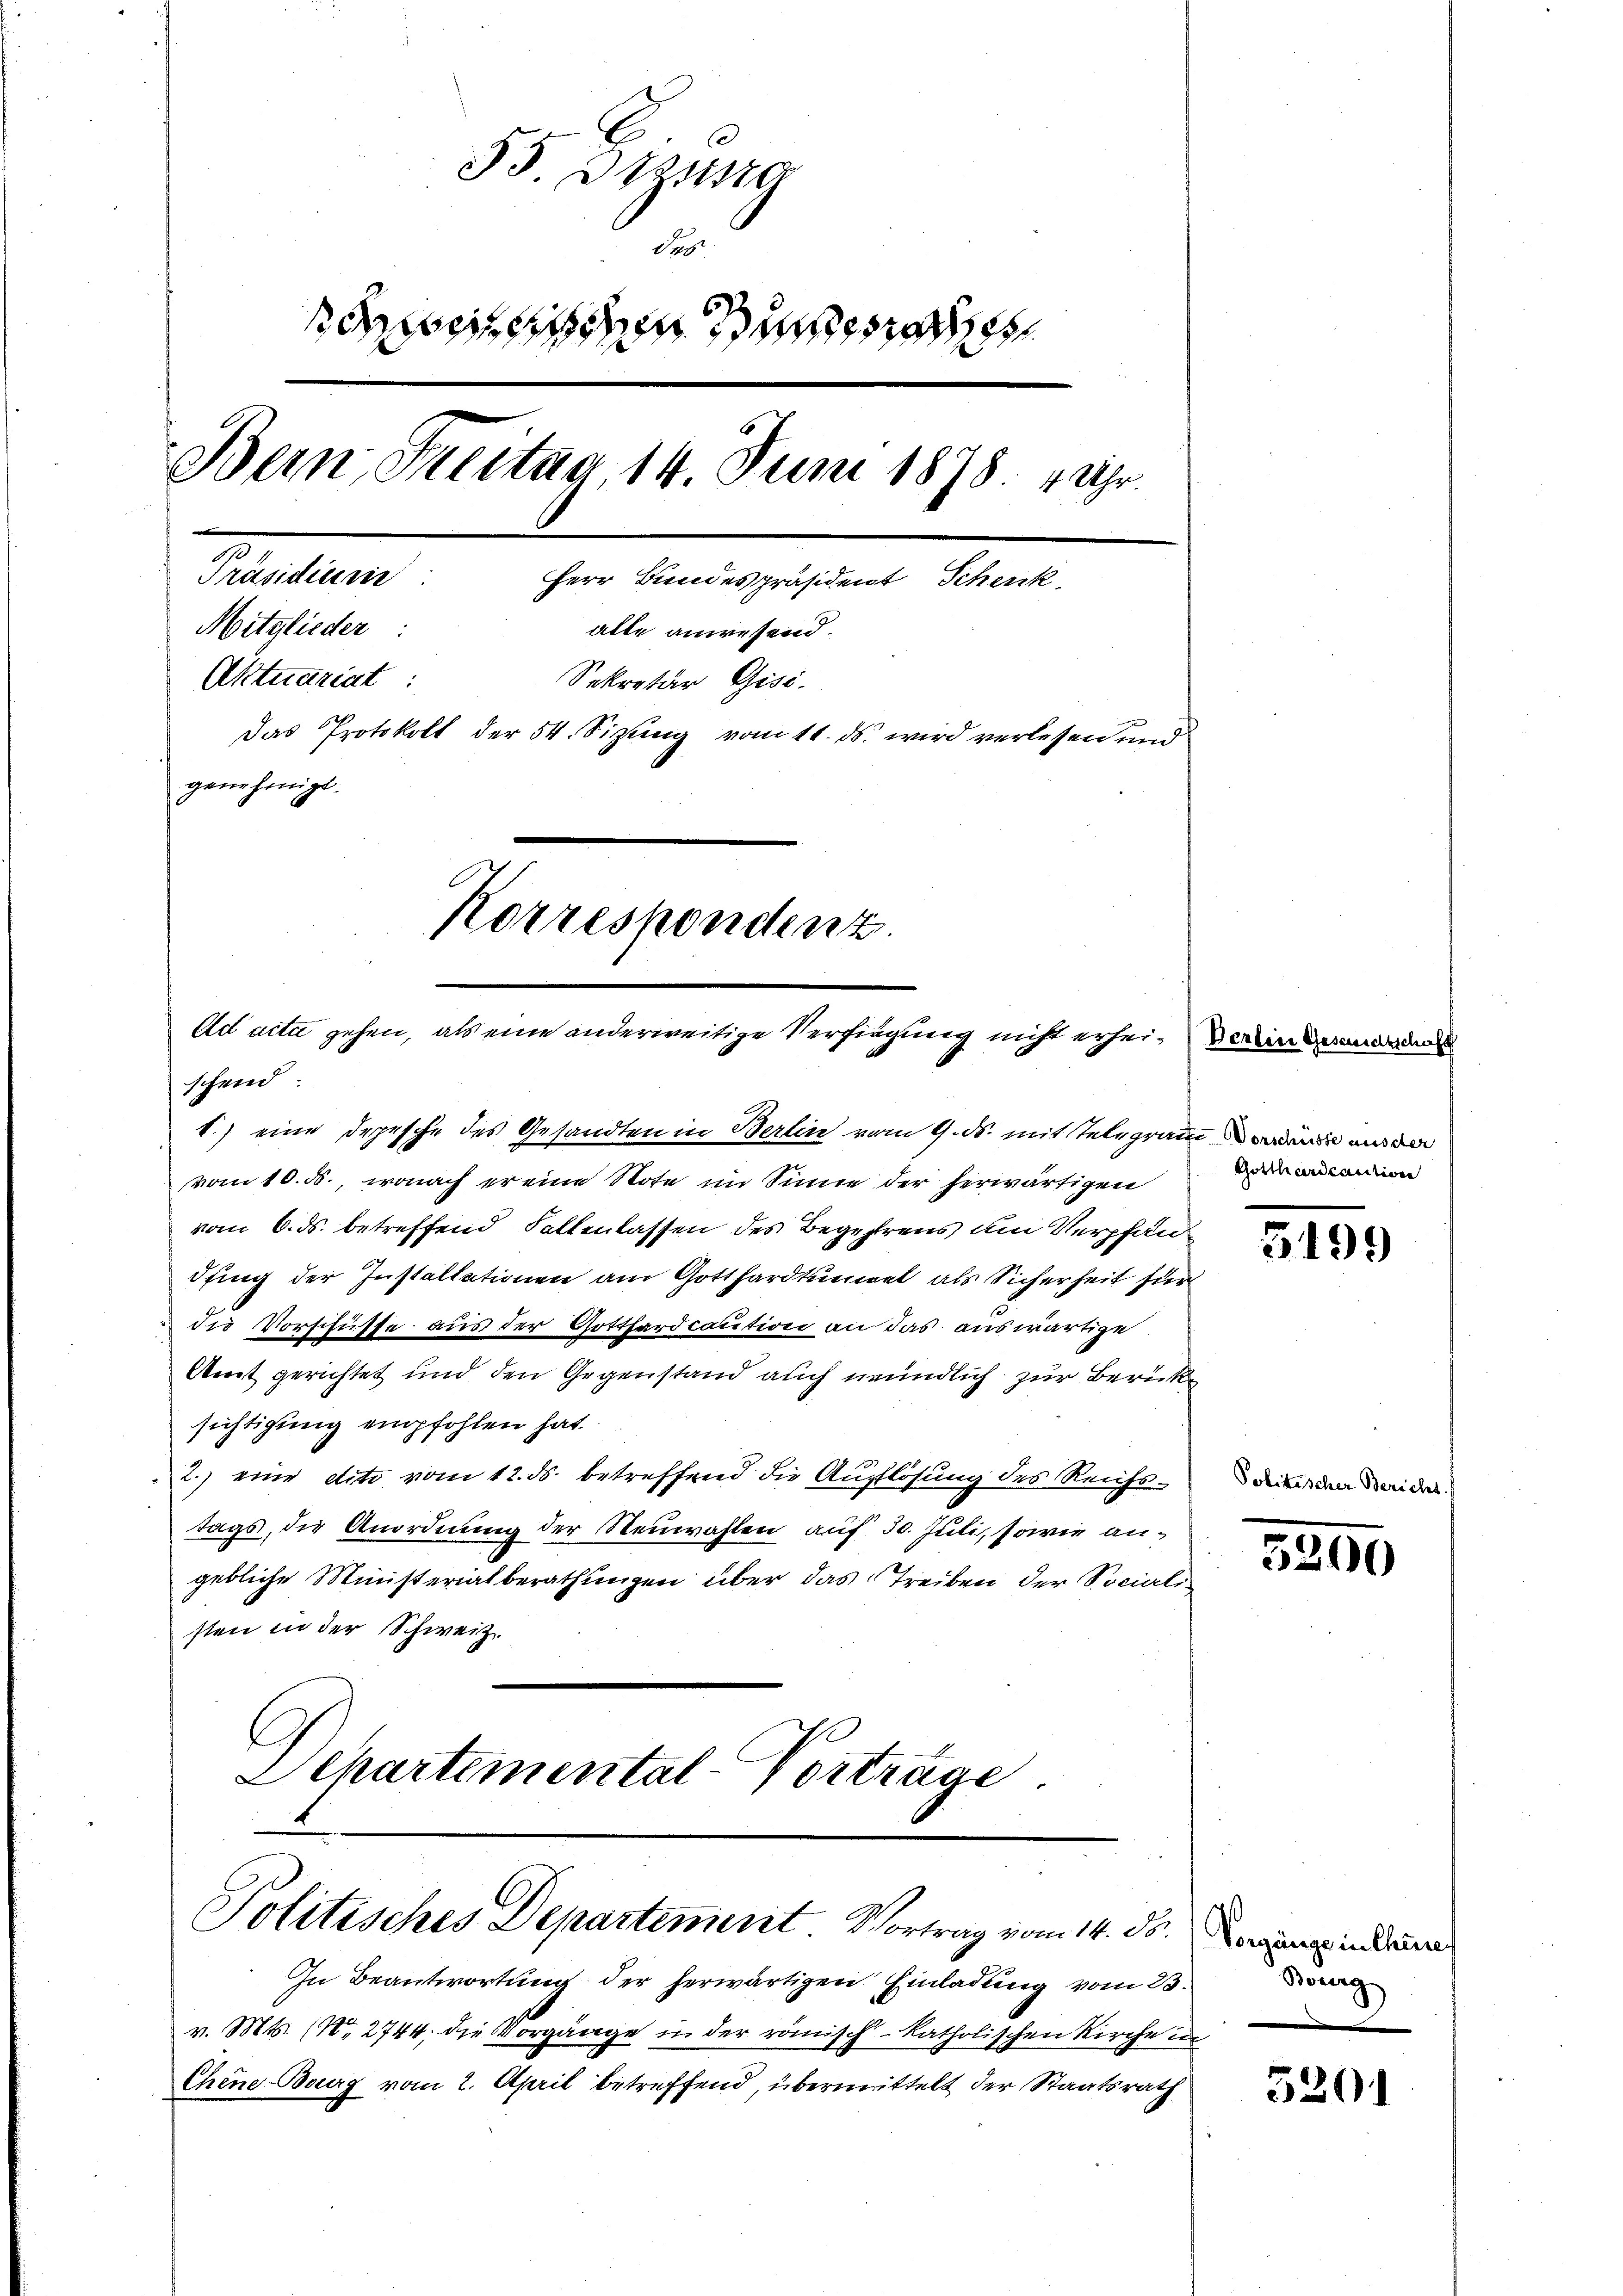
35. Bezug
des
ede se
Bein Freitag, 14. Juni 1878. 1 Uhr.
Präsidieren
Herr Bundespräsident Schenk
Mitglieder:
alle anwesend.
Aktuariat :
Sekretär Gisi.
Das Protokoll der 54. Sitzung vom 11. ds. wird verlesen und
genehmigt.
Korrespondenz.

Ad acta gehen, als eine anderweitige Verfügung nicht erhei- der in de
schend

t.) eine Depesche des Gesandten in Berlin vom 9. ds. mit Telegram wurde aus der
vom 10. ds., wonach er eine Note im Sinne der herwärtigen
vom 6. ds. betreffend Fallenlassen des Begehrens am Verpfändfing der Installationen am Gotthardtunnel als Sicherheit für
die Vorschüsse aus der Gotthardcaution an das auswärtige
Amt gerichtet und den Gegenstand auch neundlich zur Berücke
sichtigung empfohlen hat.
2.) eine dito vom 12. ds. betreffend die Auflösung des Reichstags, die Anordnung der Neuwahlen auf 30. Juli, sowie angebliche Ministerialberathungen über das Treiben der Sociali
sten in der Schweiz.
Schartemental-Vortrage

Politisches Departement Vortrag vom 14. ds. inde

In Beantwortung der herwärtigen Einladung vom 23.
v. Mts. (N. 2744. die Vorgänge in der römisch-katholischen Kirche in
Chene Berg vom 2. April betreffend, übermittelt der Staatsrath

Gotthardcaution

5199

Politischer Bericht

5290

Bourg

5201